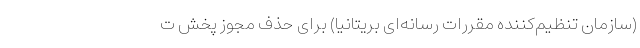
(سازمان تنظیم‌کننده مقررات رسانه‌ای بریتانیا) برای حذف مجوز پخش ت